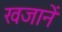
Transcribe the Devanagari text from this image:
खजानें